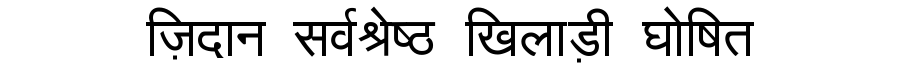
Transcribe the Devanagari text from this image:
ज़िदान सर्वश्रेष्ठ खिलाड़ी घोषित